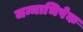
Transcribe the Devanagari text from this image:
जन्माभिषेक